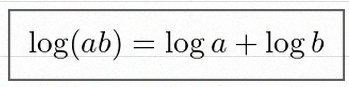
\log(ab)=\log a+\log b